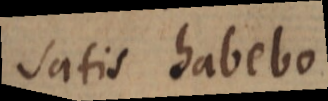
satis habebo